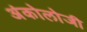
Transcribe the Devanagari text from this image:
अंकोलोजी